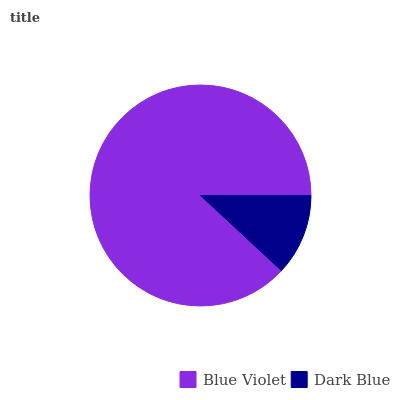
| Blue Violet | Dark Blue |
 | --- | --- |
 | 88.1% | 11.9% |